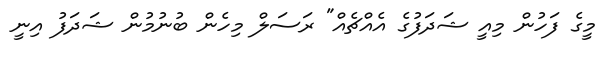
މީގެ ފަހުން މިއީ ޝަދަފުގެ އެއްޗެއް" ރަސަލް މިހެން ބުނުމުން ޝަދަފު އިނީ